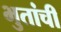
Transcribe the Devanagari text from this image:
भुतांची